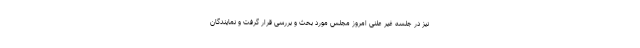
نیز در جلسه غیر علنی امروز مجلس مورد بحث و بررسی قرار گرفت و نمایندگان